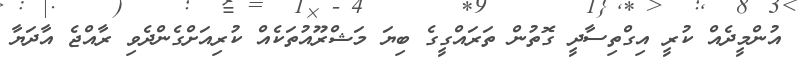
އުންމީދެއް ކުރީ އިގްތިސާދީ ގޮތުން ތަރައްގީގެ ބިޔަ މަޝްރޫއުތަކެއް ކުރިއަށްގެންދެވި ރާއްޖެ އާދަޔާ